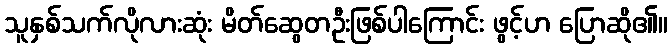
သူနှစ်သက်လိုလားဆုံး မိတ်ဆွေတဦးဖြစ်ပါကြောင်း ဖွင့်ဟ ပြောဆို၏။